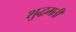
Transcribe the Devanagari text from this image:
शुद्धमती